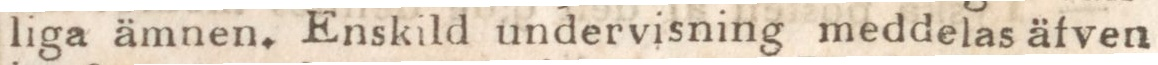
liga ämnen. Enskild undervisning meddelas äfven